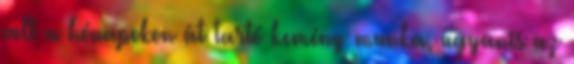
volt a hónapokon át tartó kemény munka, ugyanis az